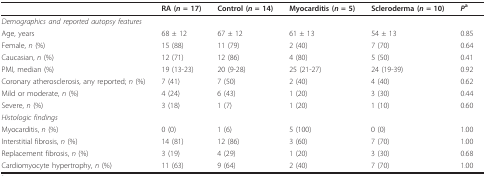
|  | RA (n = 17) | Control (n = 14) | Myocarditis (n = 5) | Scleroderma (n = 10) | Pa |
 | --- | --- | --- | --- | --- | --- |
 | Demographics and reported autopsy features |  |  |  |  |  |
 | Age, years | 68 ± 12 | 67 ± 12 | 61 ± 13 | 54 ± 13 | 0.85 |
 | Female, n (%) | 15 (88) | 11 (79) | 2 (40) | 7 (70) | 0.64 |
 | Caucasian, n (%) | 12 (71) | 12 (86) | 4 (80) | 5 (50) | 0.41 |
 | PMI, median (%) | 19 (13-23) | 20 (9-28) | 25 (21-27) | 24 (19-39) | 0.92 |
 | Coronary atherosclerosis, any reported; n (%) | 7 (41) | 7 (50) | 2 (40) | 4 (40) | 0.62 |
 | Mild or moderate, n (%) | 4 (24) | 6 (43) | 1 (20) | 3 (30) | 0.44 |
 | Severe, n (%) | 3 (18) | 1 (7) | 1 (20) | 1 (10) | 0.60 |
 | Histologic findings |  |  |  |  |  |
 | Myocarditis, n (%) | 0 (0) | 1 (6) | 5 (100) | 0 (0) | 1.00 |
 | Interstitial fibrosis, n (%) | 14 (81) | 12 (86) | 3 (60) | 7 (70) | 1.00 |
 | Replacement fibrosis, n (%) | 3 (19) | 4 (29) | 1 (20) | 3 (30) | 0.68 |
 | Cardiomyocyte hypertrophy, n (%) | 11 (63) | 9 (64) | 2 (40) | 7 (70) | 1.00 |